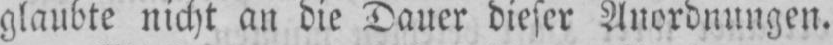
glaubte nicht an die Dauer dieser Anordnungen.